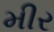
મીર